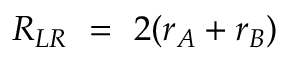
R _ { L R } ~ = ~ 2 ( r _ { A } + r _ { B } )